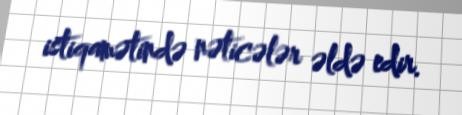
istiqamətində nəticələr əldə edir.